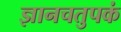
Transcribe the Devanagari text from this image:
ज्ञानचतुपकं